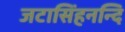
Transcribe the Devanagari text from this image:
जटासिंहनन्दि